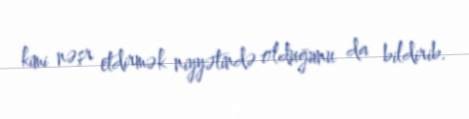
kimi nəşr etdirmək niyyətində olduğunu da bildirib.